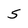
Character: 5